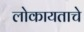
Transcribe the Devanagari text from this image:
लोकायताचे